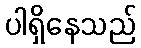
ပါရှိနေသည်